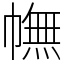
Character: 幠